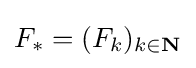
F_{*}=(F_{k})_{k\in \mathbf {N} }